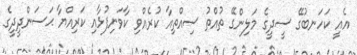
އެއީ ކަހަނބުގޭ ސީދީގެ މަލިންގޭ ތުއްތު ސިއްތިއާ ކުރެއްވި ކާވަނިފުޅާއި ކަރިއްޔާ ޙަސަންދީދީގެ